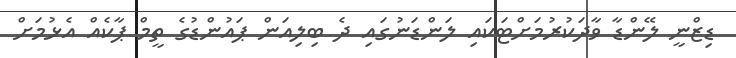
ޑިޒްނީ ލޭންޑާ ވާދަކުރުމަށްޓަކައި ލަންޑަނުގައި ދެ ބިލިއަން ޕައުންޑުގެ ތީމް ޕާކެއް އެޅުމަށް